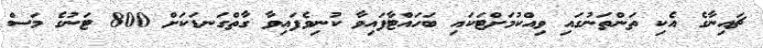
ޗައިނާގެ އެކި ތަންތަނުގައި ވިއްކުމަށްޓަކައި ބަހައްޓާފައިވާ ކުނިވެފައިވާ ގާތްގަނޑަކަށް 800 ޓަނުގެ މަސް